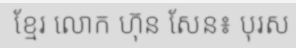
ខ្មែរ លោក ហ៊ុន សែន៖ បុរស